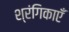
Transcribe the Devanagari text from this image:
श्रंगिकाएँ